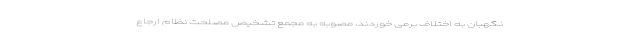
نگهبان به اختلاف برمی خوردند، مصوبه به مجمع تشخیص مصلحت نظام ارجاع